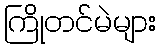
ကြိုတင်မဲများ